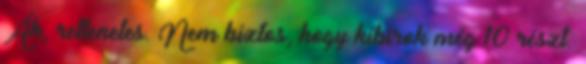
Áh, rettenetes. Nem biztos, hogy kibírok még 10 részt.